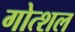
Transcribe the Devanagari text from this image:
गोत्शल